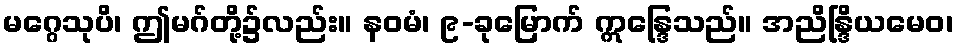
မဂ္ဂေသုပိ၊ ဤမဂ်တို့၌လည်း။ နဝမံ၊ ၉-ခုမြောက် ဣန္ဒြေသည်။ အညိန္ဒြိယမေဝ၊